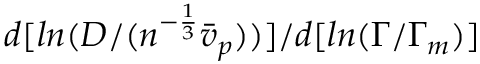
d [ l n ( D / ( n ^ { - \frac { 1 } { 3 } } \bar { v } _ { p } ) ) ] / d [ l n ( \Gamma / \Gamma _ { m } ) ]